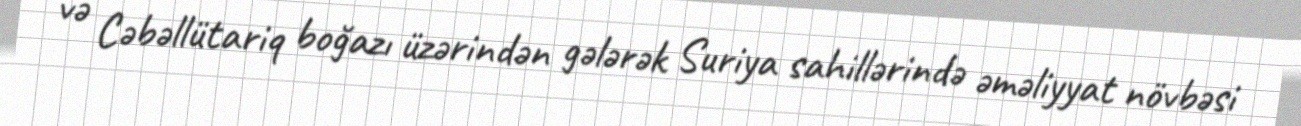
və Cəbəllütariq boğazı üzərindən gələrək Suriya sahillərində əməliyyat növbəsi